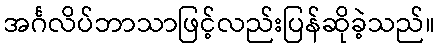
အင်္ဂလိပ်ဘာသာဖြင့်လည်းပြန်ဆိုခဲ့သည်။